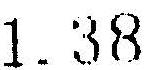
1.38